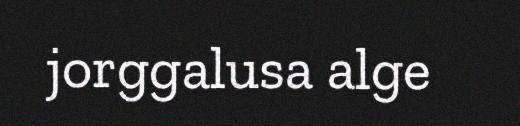
jorggalusa alge